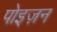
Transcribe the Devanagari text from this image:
पोइज़न